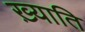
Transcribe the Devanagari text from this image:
ख़्याति